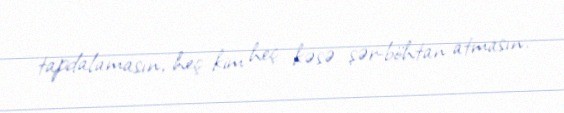
tapdalamasın, heç kim heç kəsə şər-böhtan atmasın.